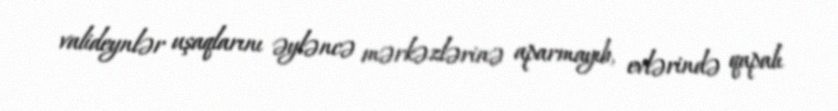
valideynlər uşaqlarını əyləncə mərkəzlərinə aparmayıb, evlərində qapalı